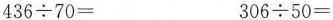
$$4 3 6 \div 7 0 =$$ $$3 0 6 \div 5 0 =$$